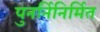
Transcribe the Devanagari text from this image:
पुनर्निनिर्मित